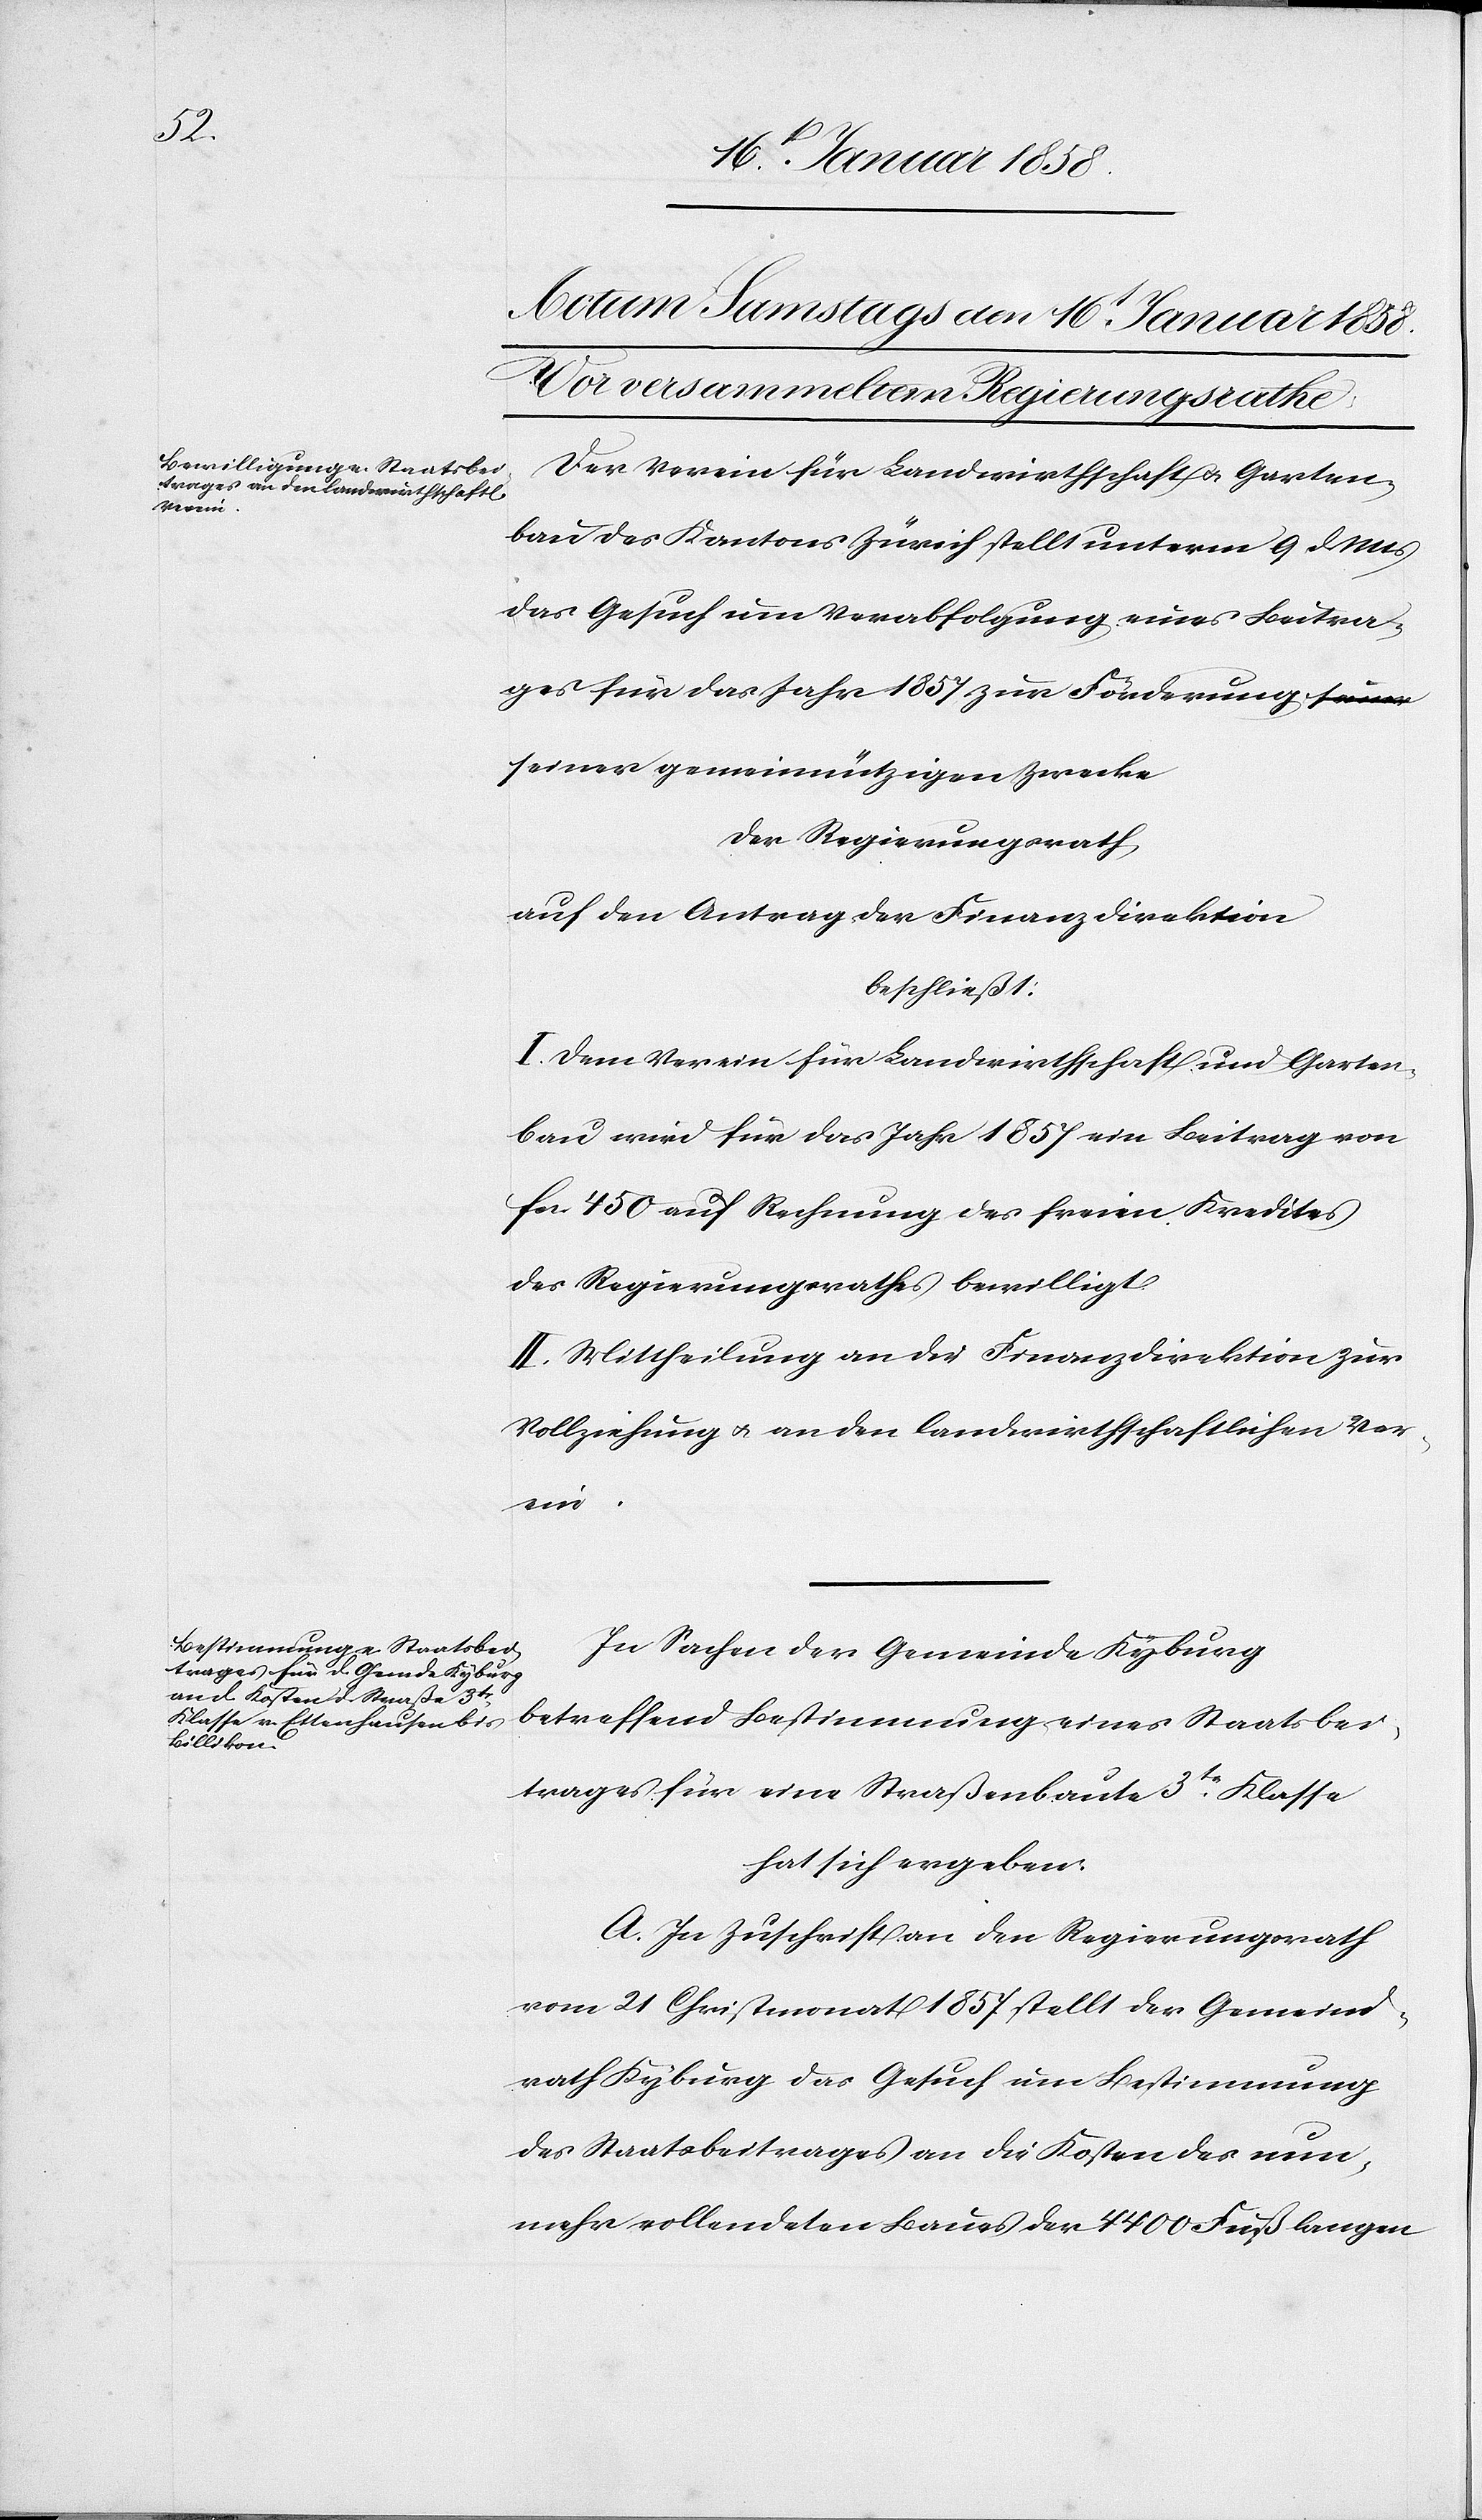
Der Verein für Landwirthschaft u. Garten¬
bau des Kantons Zürich stellt unterm 9 d Mts
das Gesuch um Verabfolgung eines Beitra¬
ges für das Jahr 1857 zur Förderung s¬
einer gemeinnützigen Zwecke
der Regierungsrath,
auf den Antrag der Finanzdirektion
beschließt:
I. Dem Verein für Landwirthschaft und Garten¬
bau wird für das Jahr 1857 ein Beitrag von
fcs. 450 auf Rechnung des freien Kredites
des Regierungsrathes bewilligt.
II. Mittheilung an die Finanzdirektion zur
Vollziehung u. an den landwirthschaftlichen Ver¬
ein.
In Sachen der Gemeinde Kyburg
betreffend Bestimmung eines Staatsbei¬
trages für eine Straßenbaute 3te. Klasse
hat sich ergeben:
A. In Zuschrift an den Regierungsrath
vom 21 Christmonat 1857 stellt der Gemeind¬
rath Kyburg das Gesuch um Bestimmung
des Staatsbeitrages an die Kosten des nun¬
mehr vollendeten Baues der 4400 Fuß langen